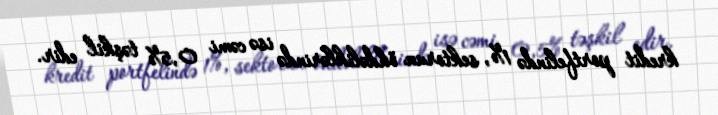
kredit portfelində 1%, sektorun öhdəliklərində isə cəmi 0,5% təşkil edir.